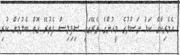
އެމެރިކާގެ ކަޅު ނަސްލުގެ މީހުންގެ ތެރޭގައި ސިފިލިސް ފެތުރޭ ގޮތް ބެލުމަށް ކުރި